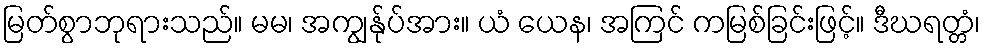
မြတ်စွာဘုရားသည်။ မမ၊ အကျွန်ုပ်အား။ ယံ ယေန၊ အကြင် ကမြစ်ခြင်းဖြင့်။ ဒီဃရတ္တံ၊